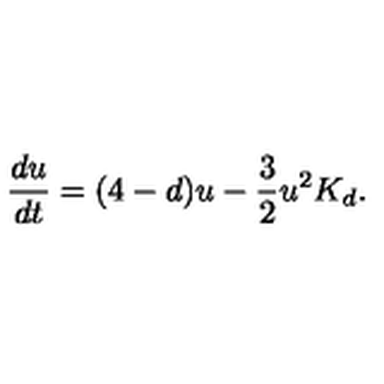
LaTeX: \frac { d u } { d t } = ( 4 - d ) u - \frac { 3 } { 2 } u ^ { 2 } K _ { d } .